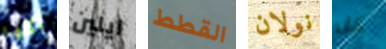
أكلها ايلين القطط نولان كل